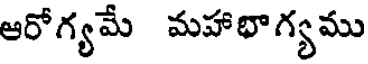
ఆరోగ్యమే మహాభాగ్యము